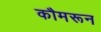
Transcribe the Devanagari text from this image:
कौमरून